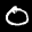
Label: 0